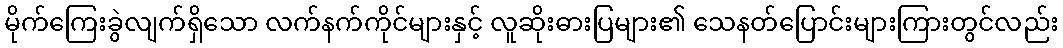
မိုက်ကြေးခွဲလျက်ရှိသော လက်နက်ကိုင်များနှင့် လူဆိုးဓားပြများ၏ သေနတ်ပြောင်းများကြားတွင်လည်း